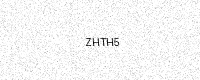
Text: ZHTH5